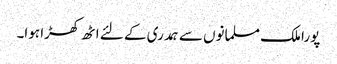
پورا ملک مسلمانوں سے ہمدری کے لئے اٹھ کھڑا ہوا۔